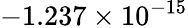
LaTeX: -1.237\times 10^{-15}